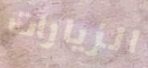
الزيارات